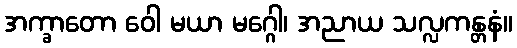
အက္ခာတော ဝေါ မယာ မဂ္ဂေါ၊ အညာယ သလ္လကန္တနံ။